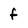
Character: f